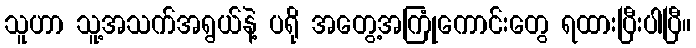
သူဟာ သူ့အသက်အရွယ်နဲ့ ပရို အတွေ့အကြုံကောင်းတွေ ရထားပြီးပါပြီ။